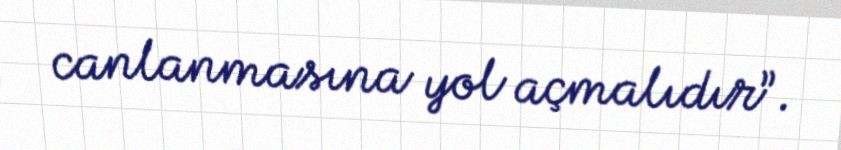
canlanmasına yol açmalıdır”.